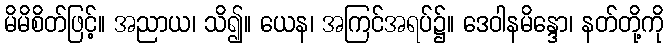
မိမိစိတ်ဖြင့်။ အညာယ၊ သိ၍။ ယေန၊ အကြင်အရပ်၌။ ဒေဝါနမိန္ဒော၊ နတ်တို့ကို